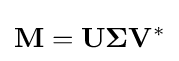
\mathbf {M} =\mathbf {U} \mathbf {\Sigma } \mathbf {V} ^{*}